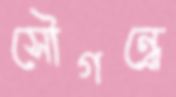
সৌগন্ধে